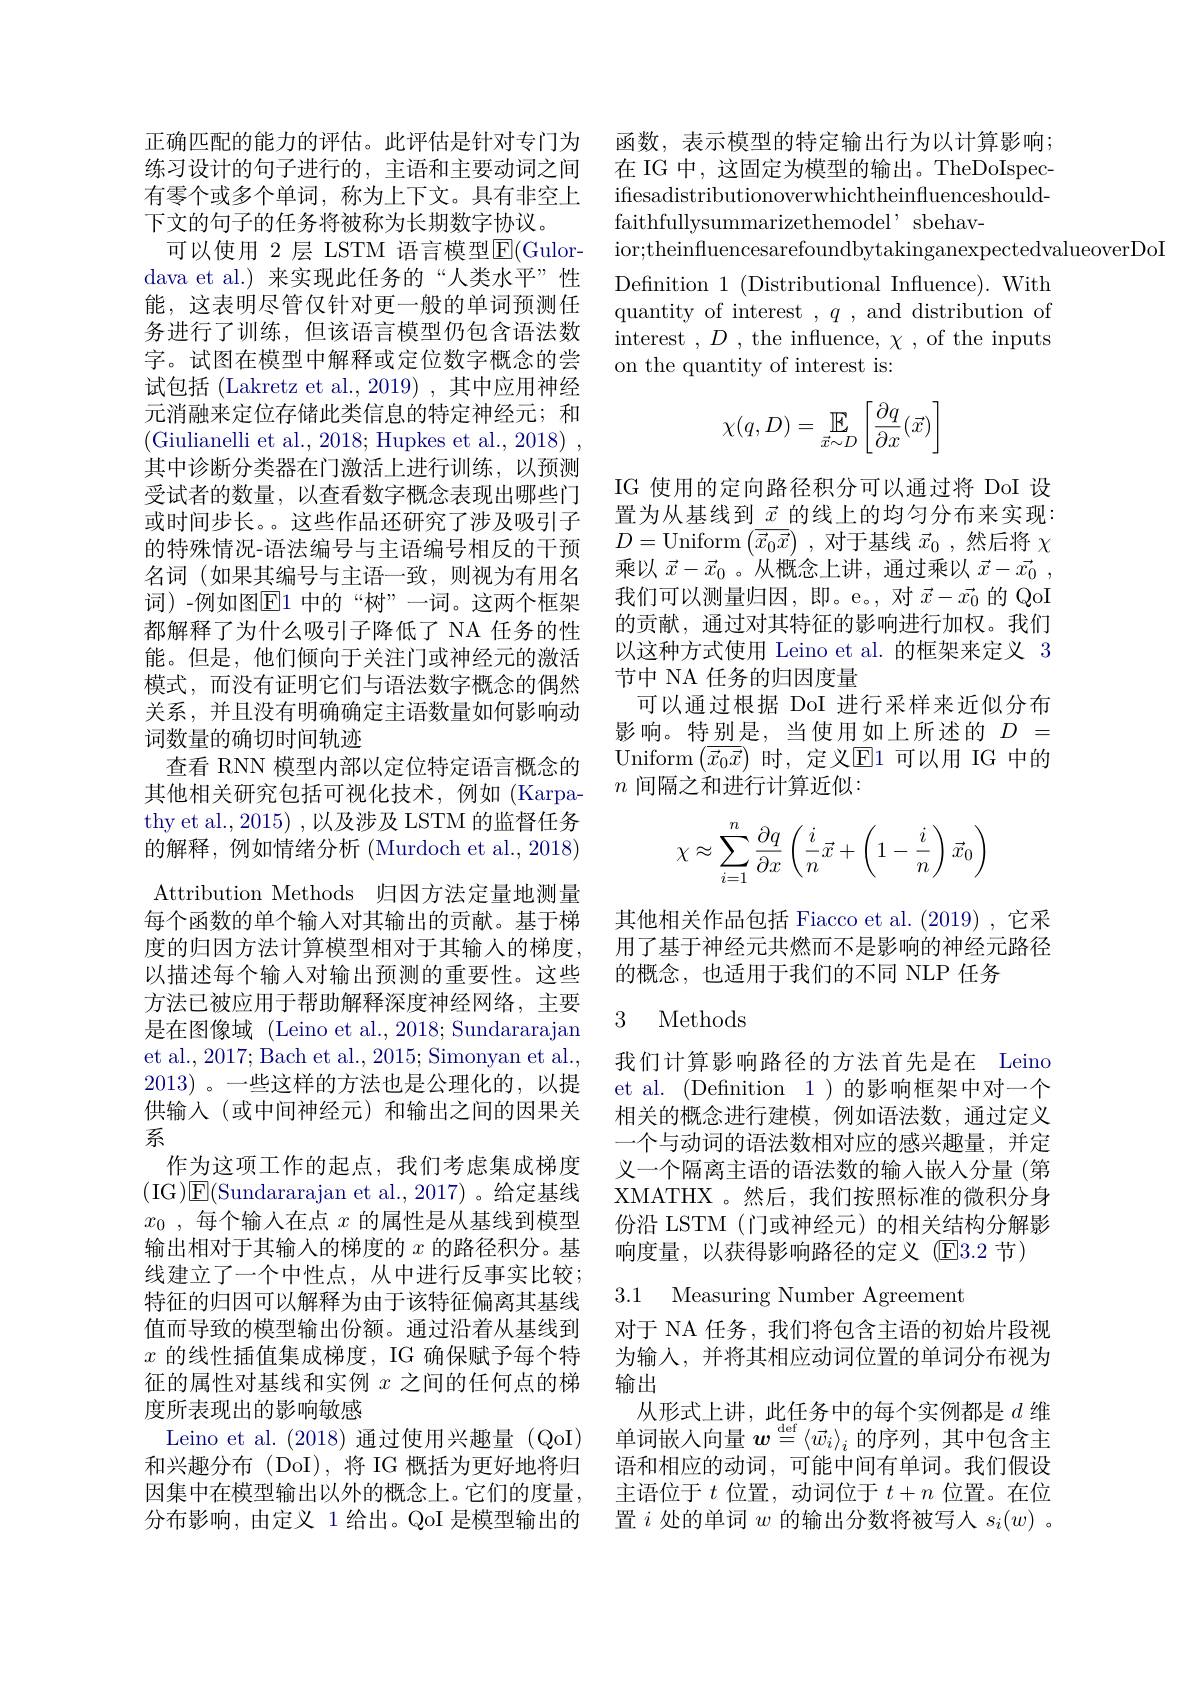
练习设计的句子进行的，主语和主要动词之间有零个或多个单词，称为上下文。具有非空上下文的句子的任务将被称为长期数字协议。
可以使用 2 层 LSTM 语言模型$\overline{\mathrm{E}}($Gulordava et al.) 来实现此任务的“人类水平”性能，这表明尽管仅针对更一般的单词预测任务进行了训练，但该语言模型仍包含语法数字。试图在模型中解释或定位数字概念的尝试包括 (Lakretz et al., 2019) , 其中应用神经元消融来定位存储此类信息的特定神经元；和(Giulianelli et al., 2018; Hupkes et al., 2018)~, 其中诊断分类器在门激活上进行训练，以预测受试者的数量，以查看数字概念表现出哪些门或时间步长。这些作品还研究了涉及吸引子的特殊情况-语法编号与主语编号相反的干预名词(如果其编号与主语一致，则视为有用名词)-例如图$\boxed{\mathrm{F}1\text{ 中的“树”一词。这两个框架}}$ 都解释了为什么吸引子降低了 NA 任务的性能。但是，他们倾向于关注门或神经元的激活模式，而没有证明它们与语法数字概念的偶然关系，并且没有明确确定主语数量如何影响动词数量的确切时间轨迹
查看 RNN 模型内部以定位特定语言概念的其他相关研究包括可视化技术，例如(Karpathy et al., 2015) , 以及涉及 LSTM 的监督任务的解释，例如情绪分析(Murdoch et al., 2018) Attribution Methods 归因方法定量地测量每个函数的单个输入对其输出的贡献。基于梯度的归因方法计算模型相对于其输入的梯度， 以描述每个输入对输出预测的重要性。这些方法已被应用于帮助解释深度神经网络，主要是在图像域 (Leino et al., 2018; Sundararajan et al., 2017; Bach et al., 2015; Simonyan et al., 2013)。一些这样的方法也是公理化的，以提供输入(或中间神经元)和输出之间的因果关系
作为这项工作的起点，我们考虑集成梯度(IG)|E(Sundararajan et al.,2017)。给定基线$x_0$ , 每 个 输 入 在 点 $x$的属性是从基线到模型输出相对于其输入的梯度的$x$的路径积分。基线建立了一个中性点，从中进行反事实比较； 特征的归因可以解释为由于该特征偏离其基线值而导致的模型输出份额。通过沿着从基线到$x$的线性插值集成梯度，IG 确保赋予每个特征的属性对基线和实例$x$之间的任何点的梯度所表现出的影响敏感
Leino et al. (2018)通过使用兴趣量 (QoI) 和兴趣分布 (DoI),将 IG 概括为更好地将归因集中在模型输出以外的概念上。它们的度量， 分布影响，由定义 1 给出。QoI 是模型输出的

正确匹配的能力的评估。此评估是针对专门为 函数，表示模型的特定输出行为以计算影响；
在 IG 中，这固定为模型的输出。TheDoIspecifesadistributionoverwhichtheinfluenceshould- faithfullysummarizethemodel' sbehav-
ior;theinfluencesarefoundbytakinganexpectedvalueoverDoI
Definition 1 (Distributional Influence). With quantity of interest $,q$ , and distribution of interest $,D$ , the influence, $\chi$ , of the inputs on the quantity of interest is:
$$\chi(q,D)=\mathbb{E}_{\vec{x}\sim D}\left[\frac{\partial q}{\partial x}(\vec{x})\right]$$
IG 使用的定向路径积分可以通过将 DoI 设置为从基线到$\underline{\vec{x}}$的线上的均匀分布来实现： $D=$Uniform$\left(\overline{\vec{x}_{0}\vec{x}}\right)$,对于基线$\vec{x}_{0}$ ,然后将$\chi$ 乘以$\vec{x}-\vec{x}_0$ 。从概念上讲，通过乘以$\vec{x}-\vec{x}_0$ , 我们可以测量归因，即。e。,对$\vec{x}-\vec{x_0}$的 QoI 的贡献，通过对其特征的影响进行加权。我们以这种方式使用 Leino et al. 的框架来定义 3节中 NA 任务的归因度量
可以通过根据 DoI 进行采样来近似分布影响。特别是，当使用如上所述的$D=$ Uniform$\left(\overline{\vec{x}_0\vec{x}}\right)$时，定义$\mathbb{E}$1可以用 IG 中的$n$间隔之和进行计算近似：
$$\chi\approx\sum\limits_{i=1}^n\frac{\partial q}{\partial x}\left(\frac{i}{n}\vec{x}+\left(1-\frac{i}{n}\right)\vec{x}_0\right)$$
其他相关作品包括 Fiacco et al. (2019) ,它采用了基于神经元共燃而不是影响的神经元路径的概念，也适用于我们的不同 NLP 任务

### 3 Methods

我们计算影响路径的方法首先是在 Leino et al. (Defnition 1)的影响框架中对一个相关的概念进行建模，例如语法数，通过定义一个与动词的语法数相对应的感兴趣量，并定义一个隔离主语的语法数的输入嵌人分量 (第XMATHX 。然后，我们按照标准的微积分身份沿 LSTM(门或神经元)的相关结构分解影响度量，以获得影响路径的定义(E3.2 节)

3.1 Measuring Number Agreemen

对于 NA 任务，我们将包含主语的初始片段视为输入，并将其相应动词位置的单词分布视为输出
从形式上讲，此任务中的每个实例都是$d$维单词嵌入向量$\boldsymbol w\overset\mathrm{def}{\operatorname*{=}}\langle\vec{w}_i\rangle_i$的序列，其中包含主语和相应的动词，可能中间有单词。我们假设主语位于$t$位置，动词位于$t+n$位置。在位置$i$处的单词$w$的输出分数将被写人$s_i(w)$ 。